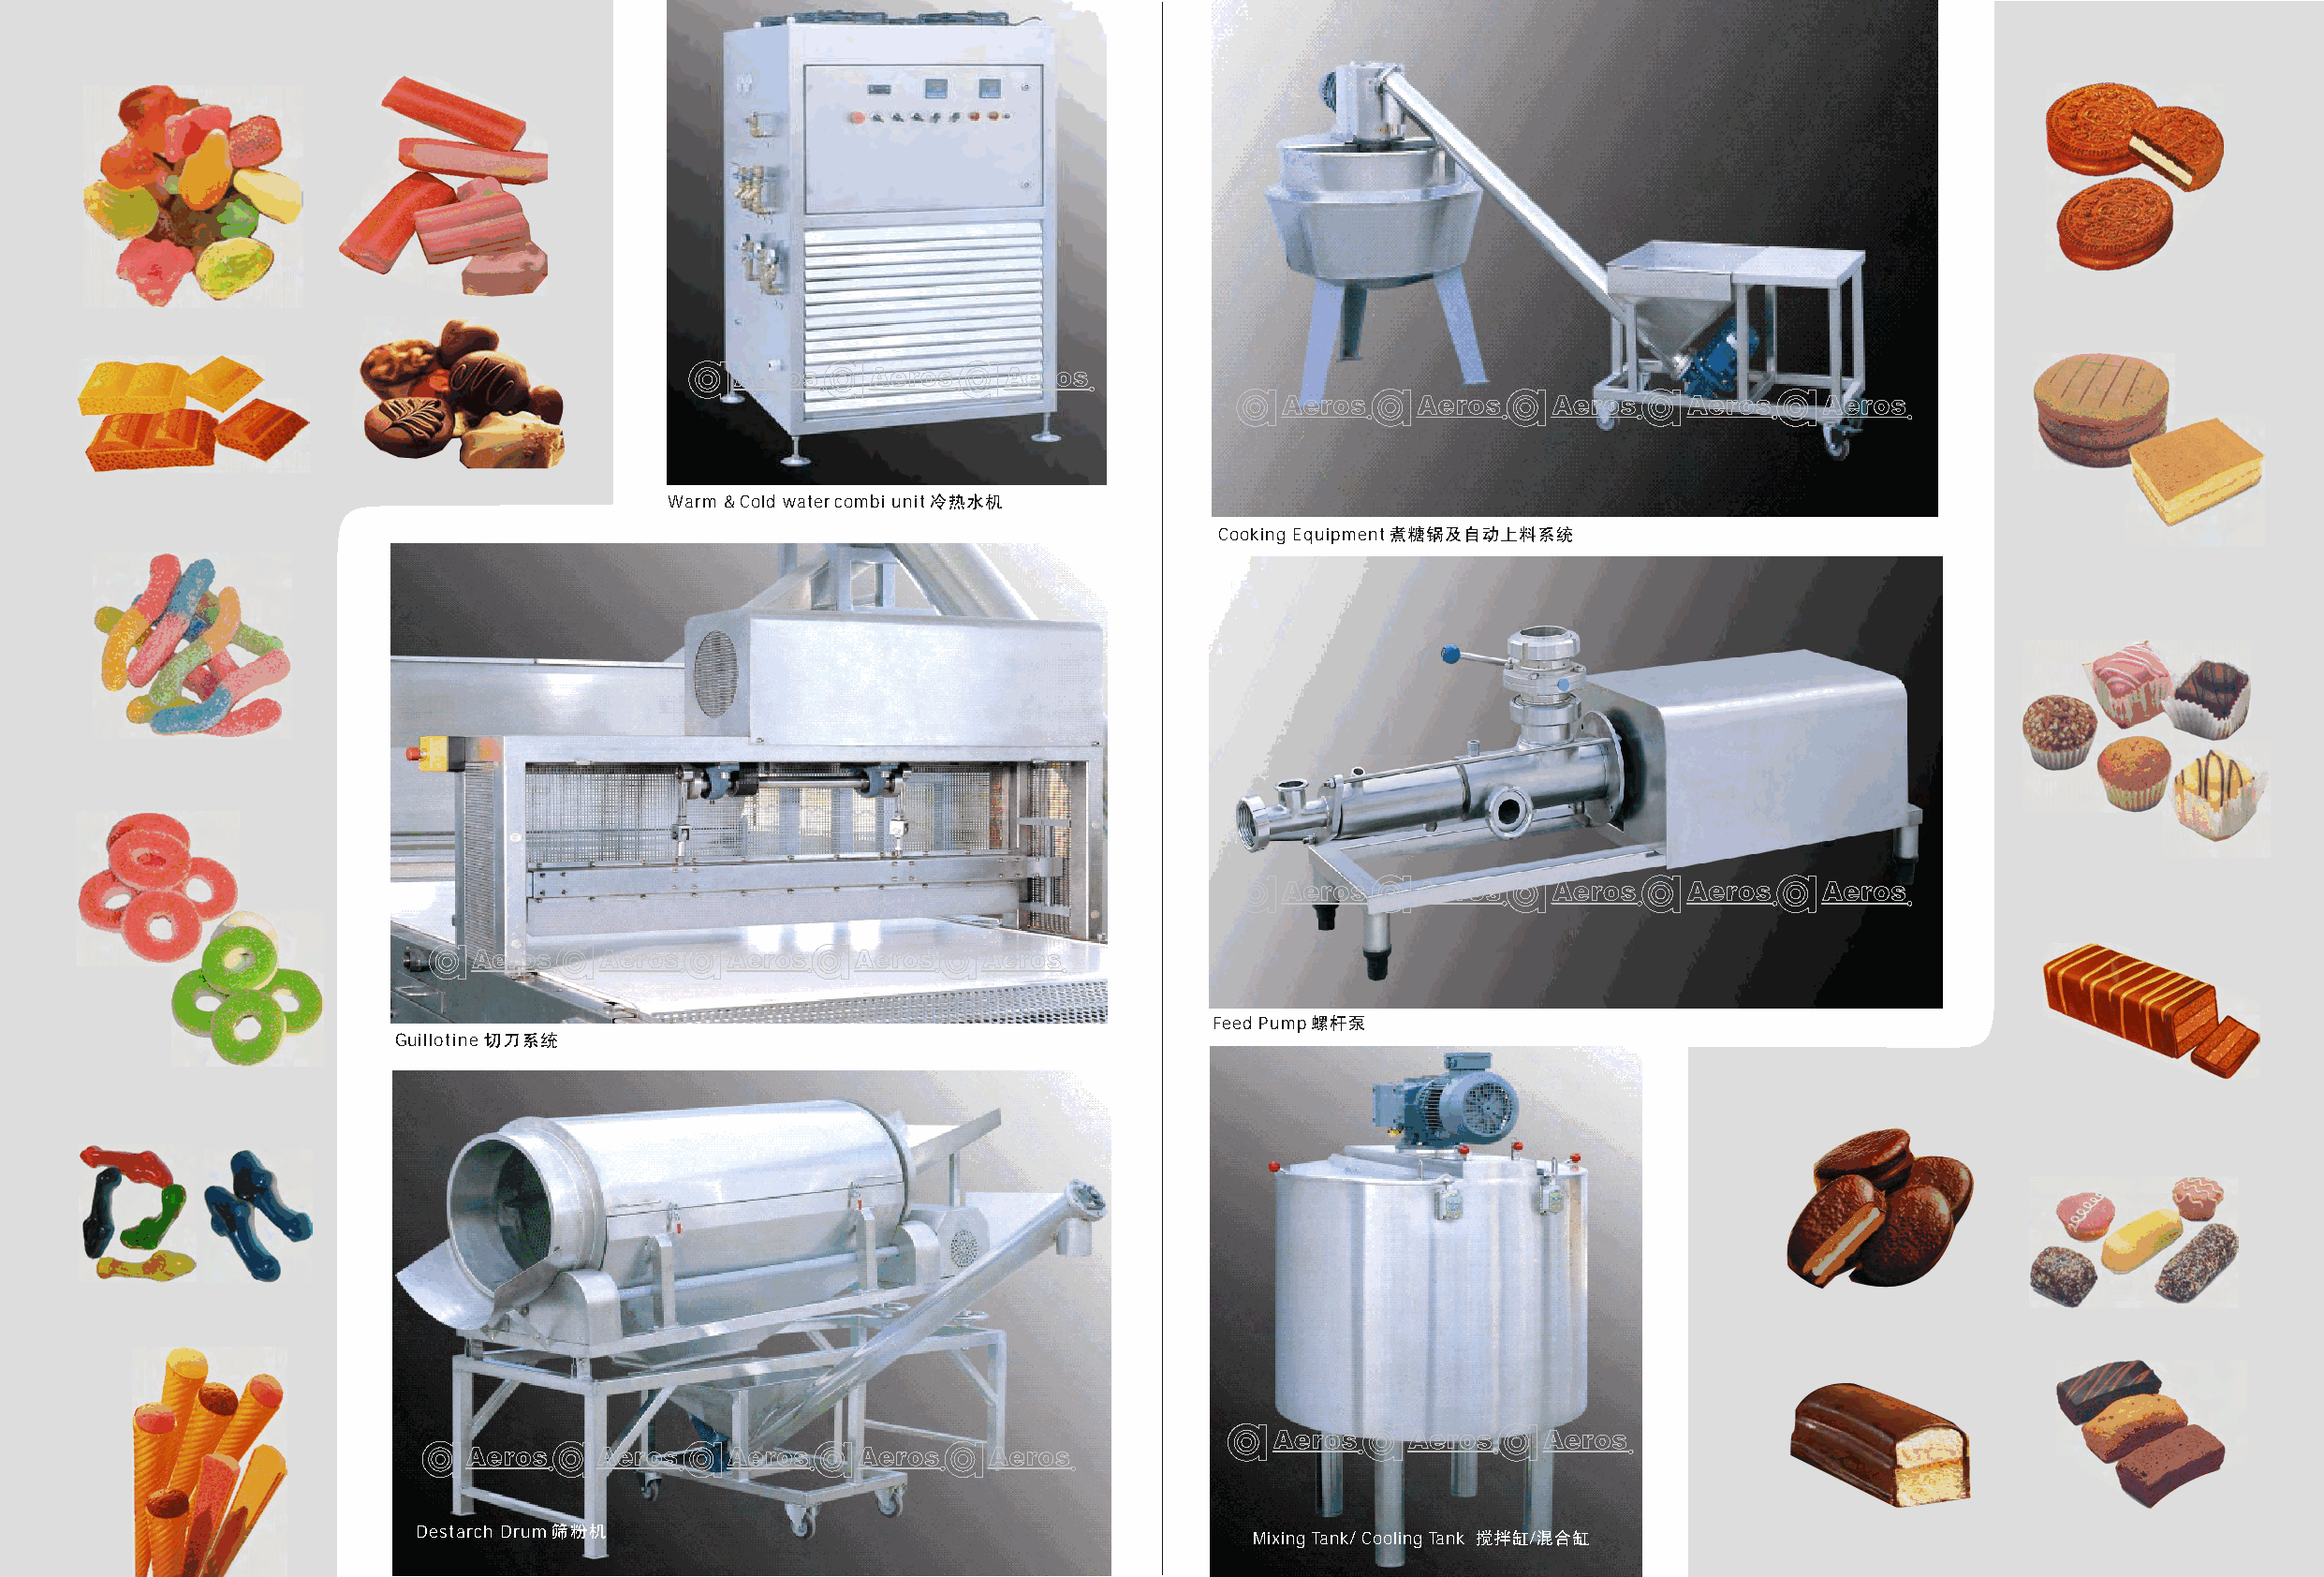
AAeerrooss AAeerrooss AAeerrooss
 AAeerrooss AAeerrooss AAeerrooss AAeerrooss AAeerrooss
 Warm & Cold water combi unit
 Cooking Equipment
 AAeerrooss AAeerrooss AAeerrooss AAeerrooss AAeerrooss
 AAeerrooss AAeerrooss AAeerrooss AAeerrooss AAeerrooss
 Feed Pump
 Guillotine
 AAeerrooss AAeerrooss AAeerrooss
 AAeerrooss AAeerrooss AAeerrooss AAeerrooss AAeerrooss
 Destarch Drum
 Mixing Tank/ Cooling Tank /